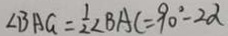
\angle B A G = \frac { 1 } { 2 } \angle B A C = 9 0 ^ { \circ } - 2 \alpha